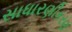
સાધારણીકરણ